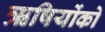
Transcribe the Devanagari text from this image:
ऋषियोंको